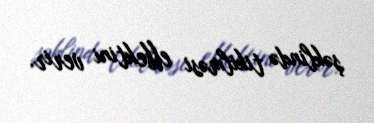
şəklində tikilməsi effektini verir.